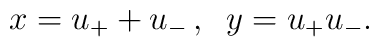
x = u_+ + u_- \,,\;\; y = u_+ u_-.